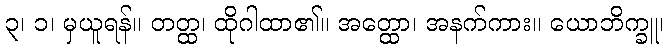
၃၊ ၁၊ မှယူရန်။ တတ္ထ၊ ထိုဂါထာ၏။ အတ္ထော၊ အနက်ကား။ ယောဘိက္ခူ၊